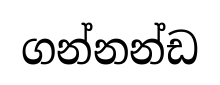
ගන්නන්ඩ